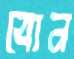
বোন